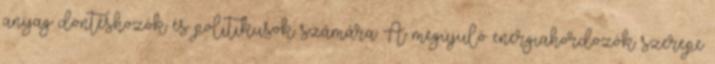
anyag döntéshozók és politikusok számára A megújuló energiahordozók szerepe